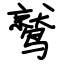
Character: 鹫